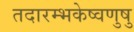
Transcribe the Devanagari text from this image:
तदारम्भकेष्वणुषु